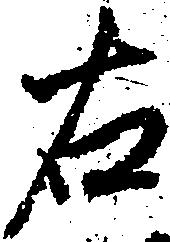
右